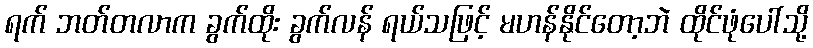
ရက် ဘတ်တလာက ခွက်ထိုး ခွက်လန် ရယ်သဖြင့် မဟန်နိုင်တော့ဘဲ ထိုင်ဖုံပေါ်သို့